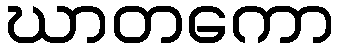
ဃာတကော